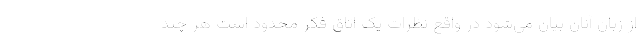
از زبان آنان بیان می‌شود در واقع نظرات یک اتاق فکر محدود است هر چند